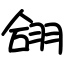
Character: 翖